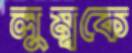
লুম্বকে